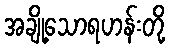
အချို့သောရဟန်းတို့